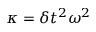
{ \kappa } = \delta t ^ { 2 } \omega ^ { 2 }